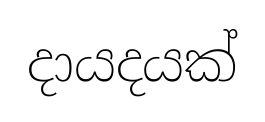
දායදයක්